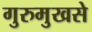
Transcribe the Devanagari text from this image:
गुरुमुखसे